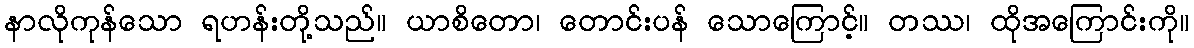
နာလိုကုန်သော ရဟန်းတို့သည်။ ယာစိတော၊ တောင်းပန် သောကြောင့်။ တဿ၊ ထိုအကြောင်းကို။